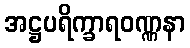
အဋ္ဌပရိက္ခာရဝဏ္ဏနာ